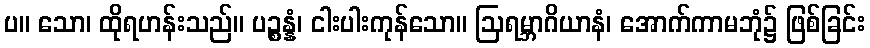
ပ။ သော၊ ထိုရဟန်းသည်။ ပဉ္စန္နံ၊ ငါးပါးကုန်သော။ ဩရမ္ဘာဂိယာနံ၊ အောက်ကာမဘုံ၌ ဖြစ်ခြင်း